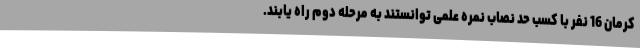
کرمان 16 نفر با کسب حد نصاب نمره علمی توانستند به مرحله دوم راه یابند.